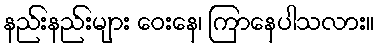
နည်းနည်းများ ဝေးနေ၊ ကြာနေပါသလား။